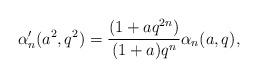
LaTeX: \begin{align*}\alpha'_n(a^2,q^2)=\frac{(1+aq^{2n})}{(1+a)q^n}\alpha_n(a,q),\end{align*}